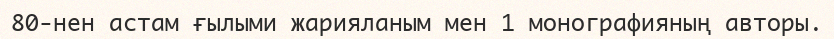
80-нен астам ғылыми жарияланым мен 1 монографияның авторы.